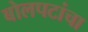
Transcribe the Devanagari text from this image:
बोलपटांचा